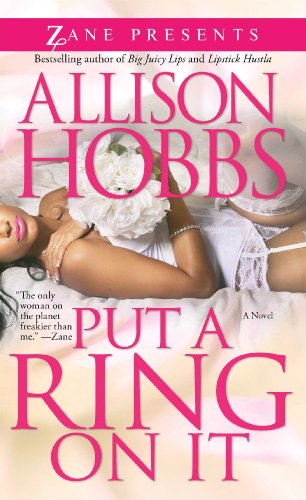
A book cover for Put a Ring on It: A Novel (Zane Presents); Allison Hobbs; Romance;